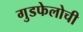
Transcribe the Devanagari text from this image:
गुडफेलोची